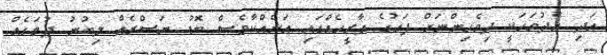
އަދި އެދުވަހަކީ ދިވެހިންނަށް ފަހުގެ ތާރީހެއްގައި އަނެއްކާވެސް ބޮޑު ނަސްރެއް ލިބުނު ދުވަހެއް